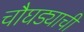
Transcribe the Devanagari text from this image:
चौघड्याची